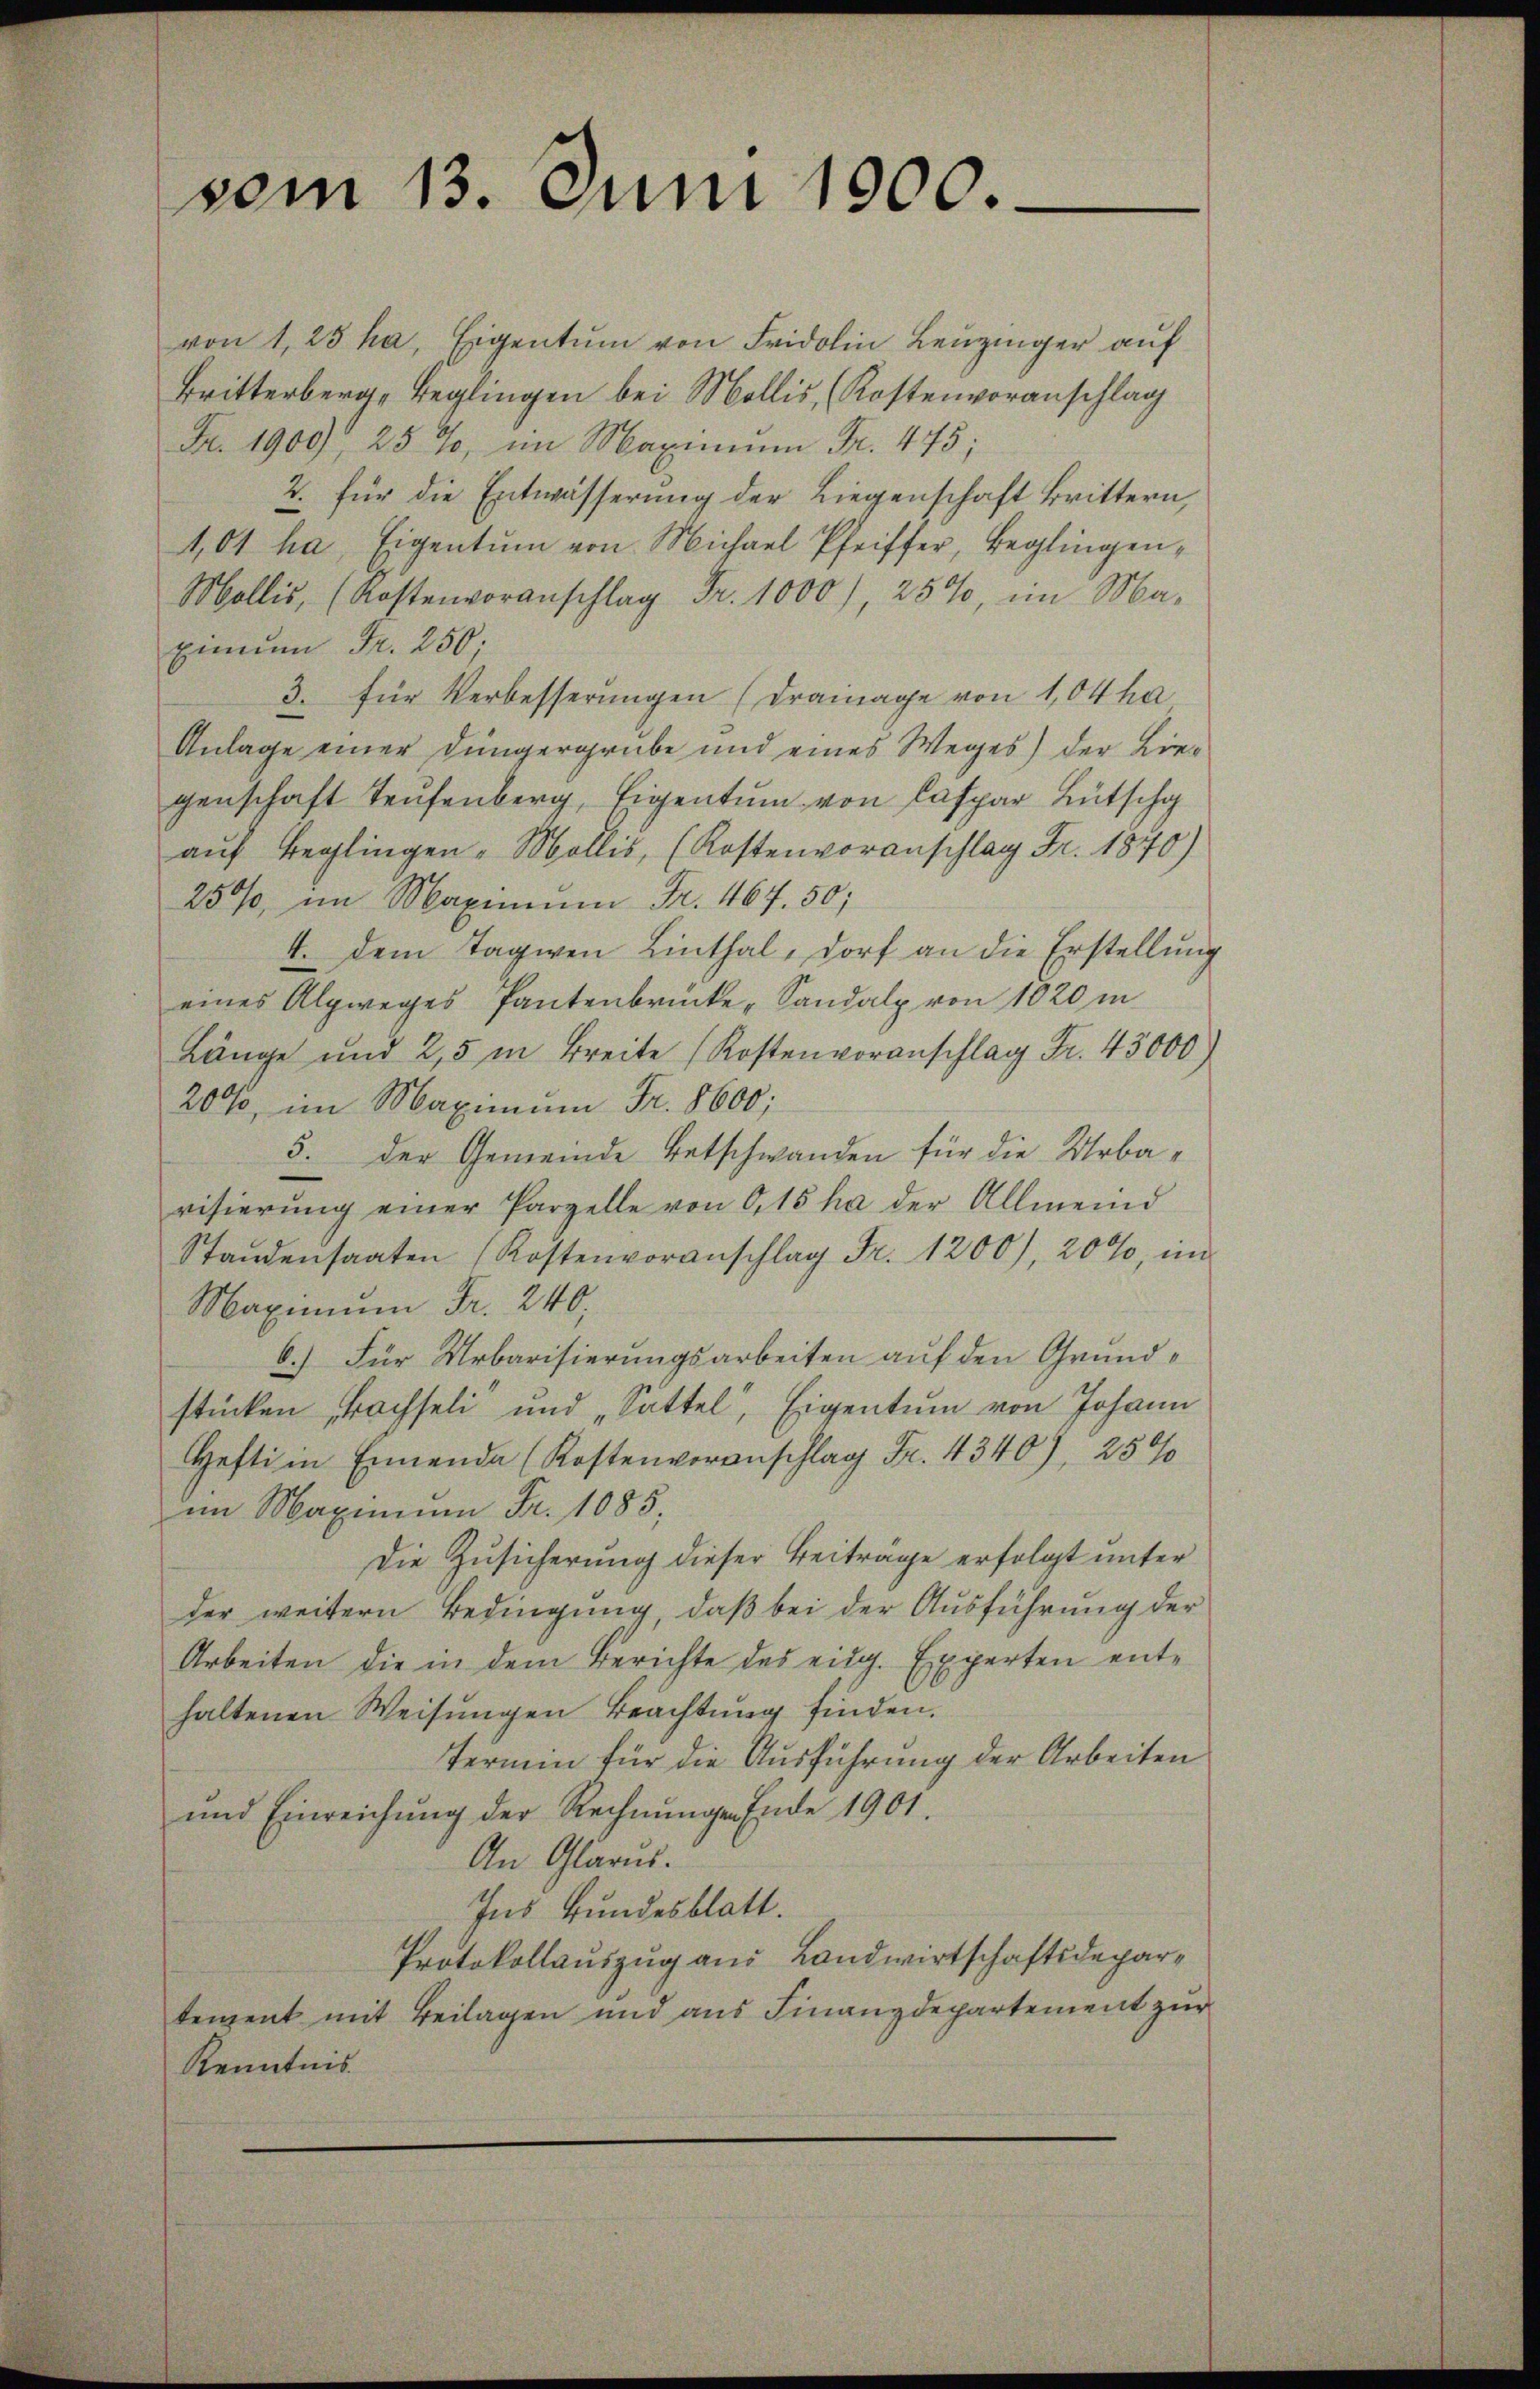
vom 13. Juni 1900.

von 1,25 ha, Eigentum von Fridolin Leuzinger auf
Britterberg, Beglingen bei Mollis, (Kostenvoranschlag
Fr. 1900), 25%, im Maximum Fr. 475;
2. für die Entwässerŭng der Liegenschaft krittern,
1,01 ha, Eigentum von Michael Pfeiffer, Beglingen¬
Mollis, (Kostenvoranschlag Fr. 1000), 25%, im Ma-
ximŭm Fr. 250;
3. für Verbesserungen (Drainage von 1,04 ha
Anlage einer Düngergrube und eines Weges) der Lie-
genschaft Teufenberg, Eigentum von Caspar Bütscha
auf Beglingen - Mollis, (Kostenvoranschlag Fr. 1870)
25%%, im Maximum Fr. 467. 50;
4. dem Tagwen Linthal, Dorf an die Erstellung
eines Alpweges Pantenbrücke, Sandalp von 1020 in
Länge und 25 in Breite (Kostenvoranschlag Fr. 43000)
20%, im Maximum Fr. 8600;
5. der Gemeinde Entschwanden für die Urbavisierŭng einer Parzelle von 0,15 ha der Allmeind
Standensaaten (Kostenvoranschlag Fr. 1200), 20%, im
Maximum Fr. 240,
b.) Für Urbarisierungsarbeiten auf den Grundstücken Bachseli und „Sattel, Eigentum von Johann
Hefti in Ennende (Kostenvoranschlag Fr. 4340), 259
im Maximum Fr. 1085,
Die Zusicherung dieser Beiträge erfolgt unter
der weitern Bedingung, daß bei der Ausführung der
Arbeiten die in dem Berichte des eidg. Experten enthaltenen Weisŭngen Beachtŭng finden.
Termin für die Ausführung der Arbeiten
und Einreichŭng der Rechnŭngen Ende 1901.
An Glarus.
Ins Bundesblatt.
Protokollauszug aus Landwirtschaftsdepartenzent mit Beilagen und aus Finanzdepartement zur
Kenntnis.